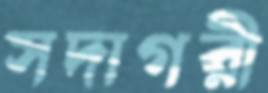
সদাগরী